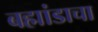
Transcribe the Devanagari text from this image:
बह्मांडाचा